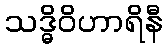
သဒ္ဓိဝိဟာရိနီ